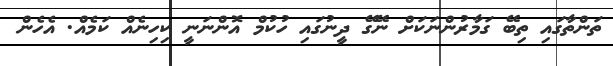
ތަންތާގައި ތިބޭ ގަމާރުންނަކަށް ނޭގޭ ދީނުގައި ހުކުމް އޮންނަނީ ކިހިނެއް ކަމެއް. އެހެން